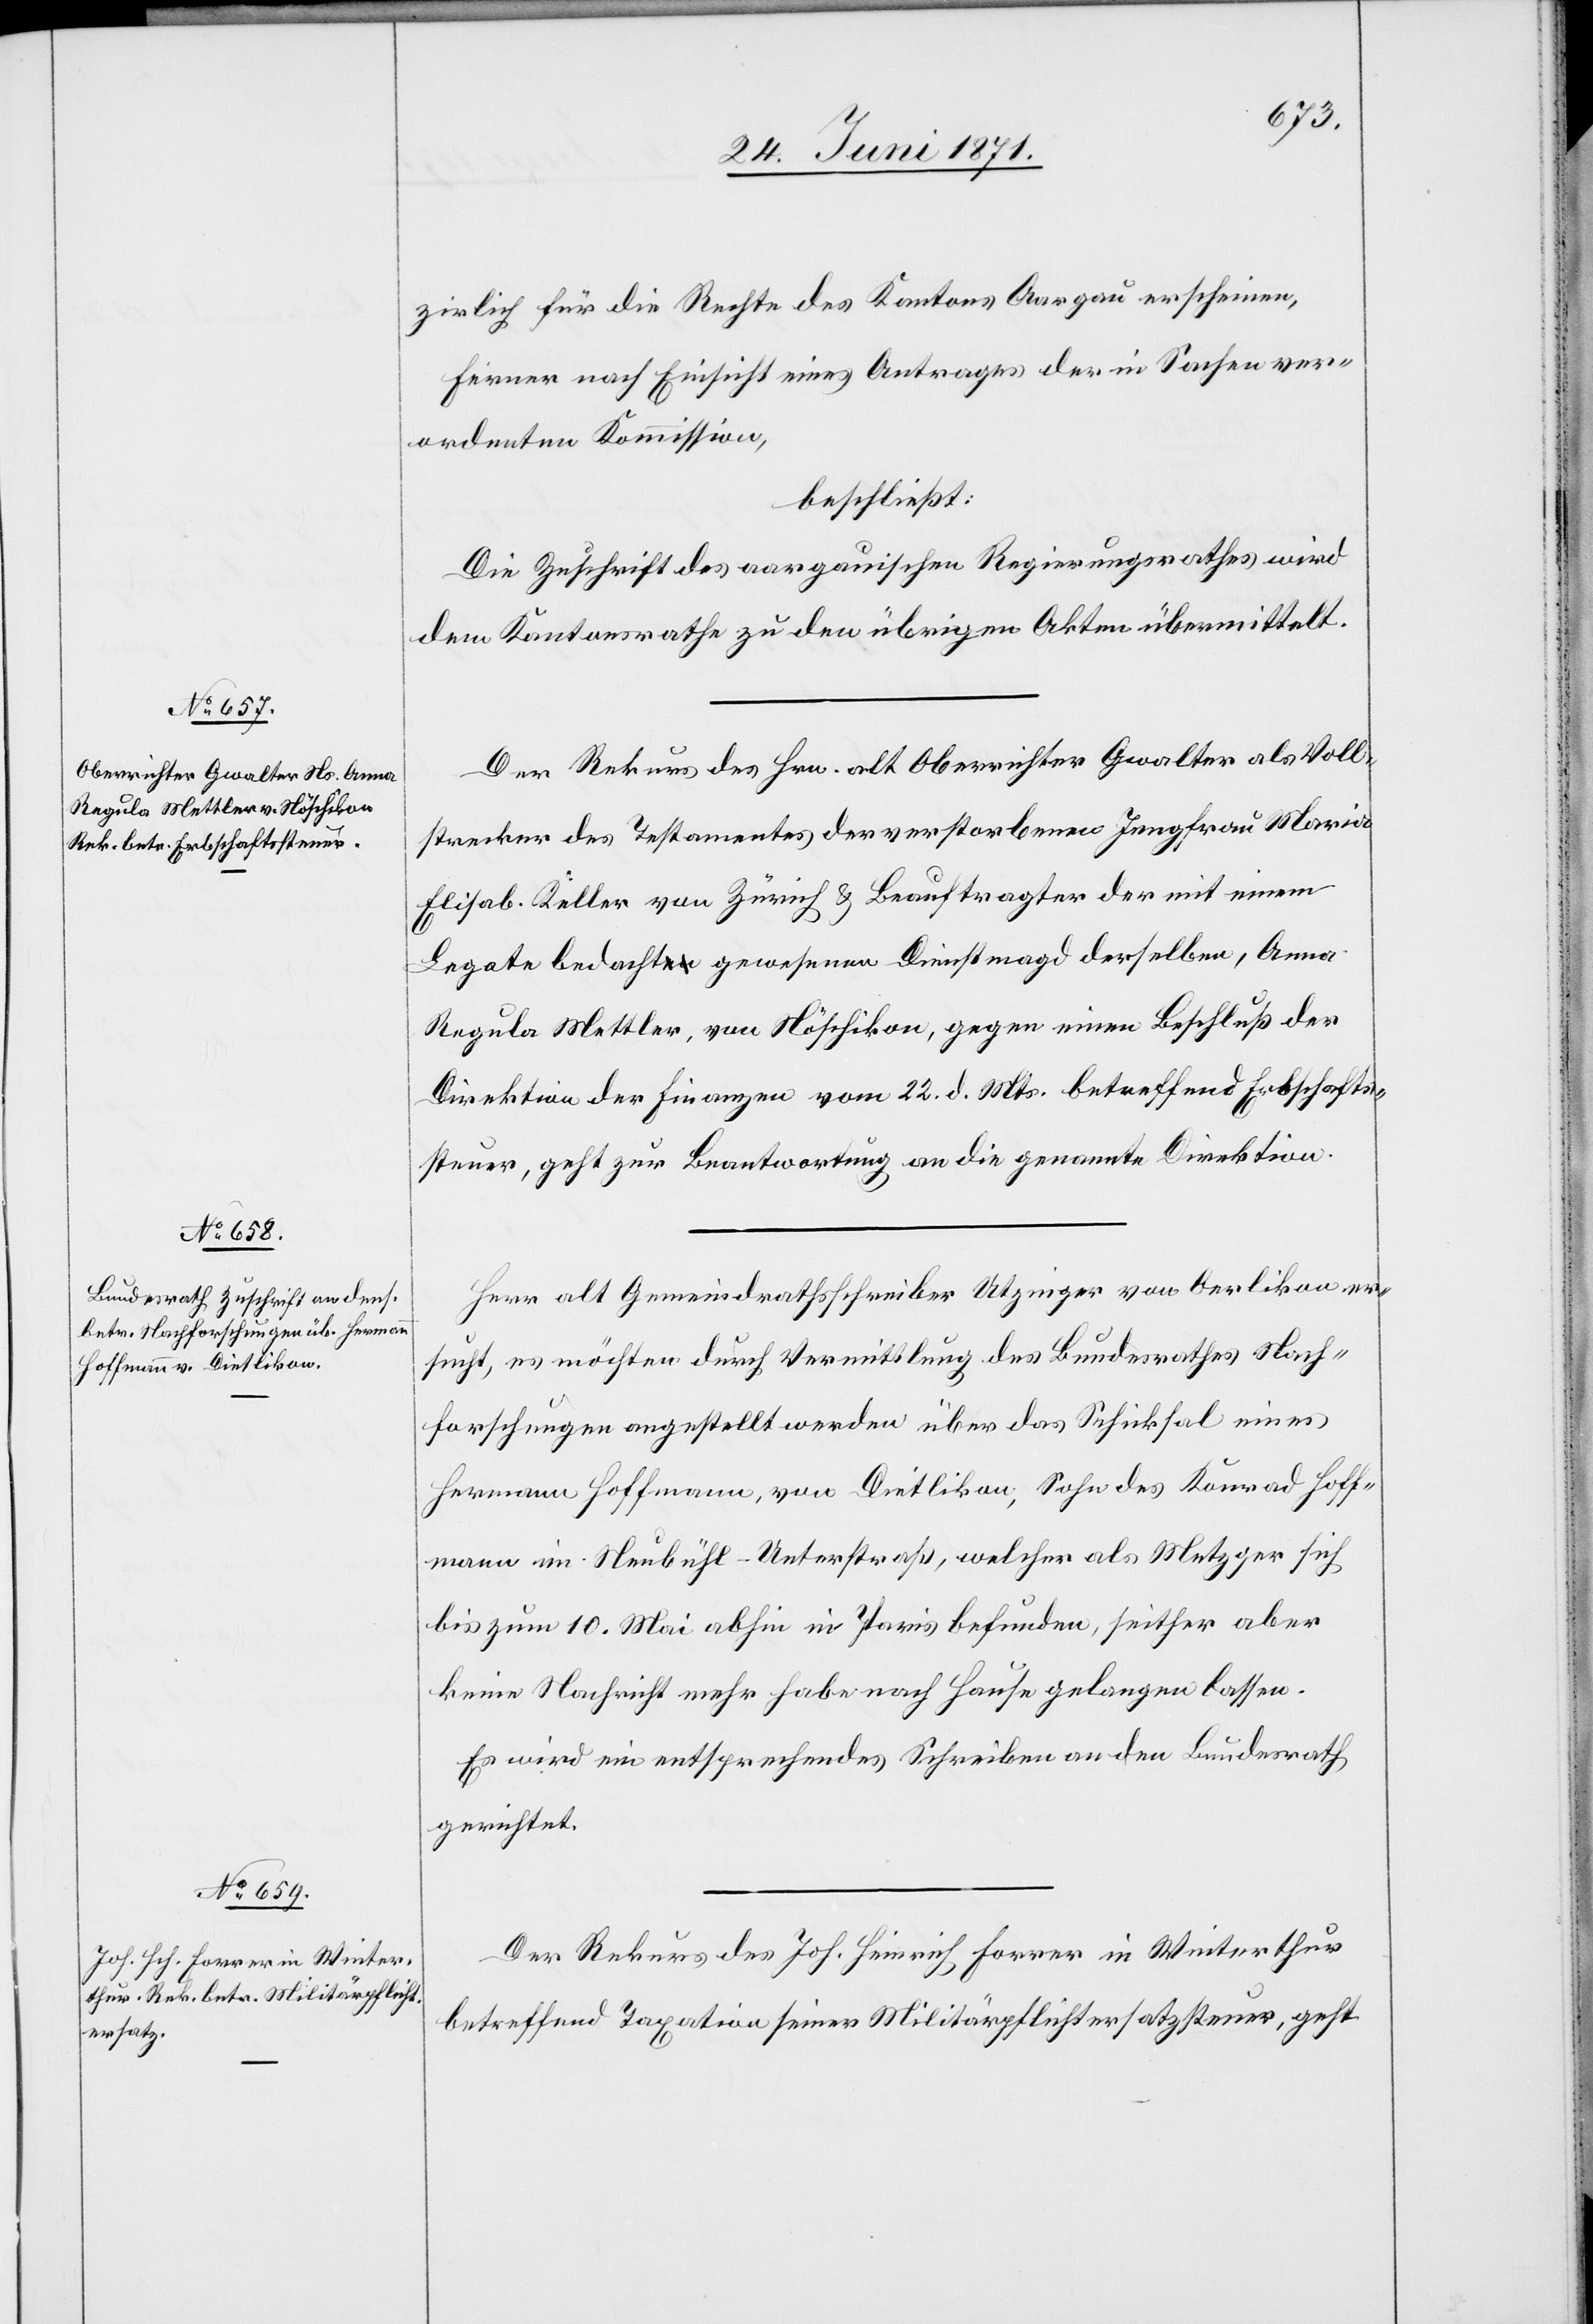
28. Juni 1871.]
zirlich für die Rechte des Kantons Aargau erscheinen,
ferner nach Einsicht eines Antrages der in Sachen ver¬
ordneten Kommission,
beschließt:
Die Zuschrift des aargauischen Regierungsrathes wird
dem Kantonsrath zu den übrigen Akten übermittelt.
Der Rekurs des Hrn. alt Oberrichter Gwalter als Voll¬
strecker des Testamentes der verstorbenen Jungfrau Maria
Elisab. Keller von Zürich u. Beauftragter der mit einem
Legate bedacht gewesenen Dienstmagd derselben, Anna
Regula Mettler, von Nöschikon, gegen einen Beschluß der
Direktion der Finanzen vom 22. d. Mts. betreffend Erbschafts¬
steuer, geht zur Beantwortung an die genannte Direktion.
Herr alt Gemeindrathsschreiber Utzinger von Oerlikon er¬
sucht, es möchten durch Vermittlung des Bundesrathes Nach¬
forschungen angestellt werden über das Schicksal eines
Hermann Hoffmann, von Dietlikon, Sohn des Konrad Hoff¬
mann im Neubühl-Unterstraß, welcher als Metzger sich
bis zum 10. Mai abhin in Paris befunden, seither aber
keine Nachricht mehr habe nach Hause gelangen lassen.
Es wird ein entsprechendes Schreiben an den Bundesrath
gerichtet.
Der Rekurs des Joh. Heinrich Forrer in Winterthur
betreffend Taxation seiner Militärpflichtersatzsteuer, geht